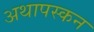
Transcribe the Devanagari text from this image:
अथापस्कन